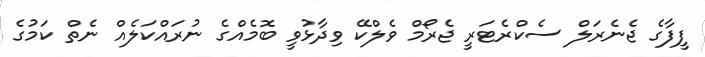
ފީފާގެ ޖެނެރަލް ސެކްރެޓަރީ ޖެރޯމް ވެލްކޭ ވިދާޅުވީ ބޮމެއްގެ ނުރައްކަލެއް ނެތް ކަމުގެ